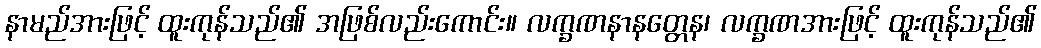
နာမည်အားဖြင့် ထူးကုန်သည်၏ အဖြစ်လည်းကောင်း။ လက္ခဏနာနတ္တေန၊ လက္ခဏအားဖြင့် ထူးကုန်သည်၏